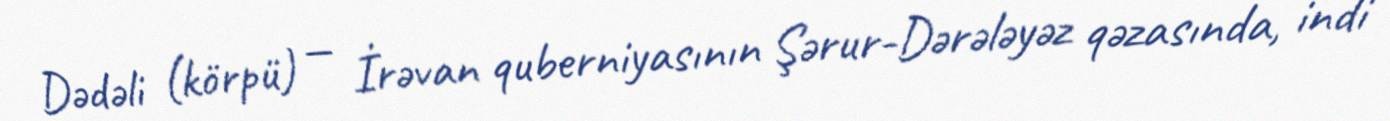
Dədəli (körpü) — İrəvan quberniyasının Şərur-Dərələyəz qəzasında, indi